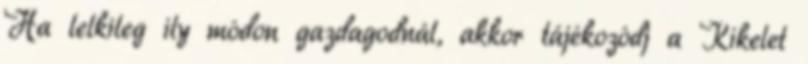
Ha lelkileg ily módon gazdagodnál, akkor tájékozódj a Kikelet